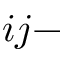
i j -